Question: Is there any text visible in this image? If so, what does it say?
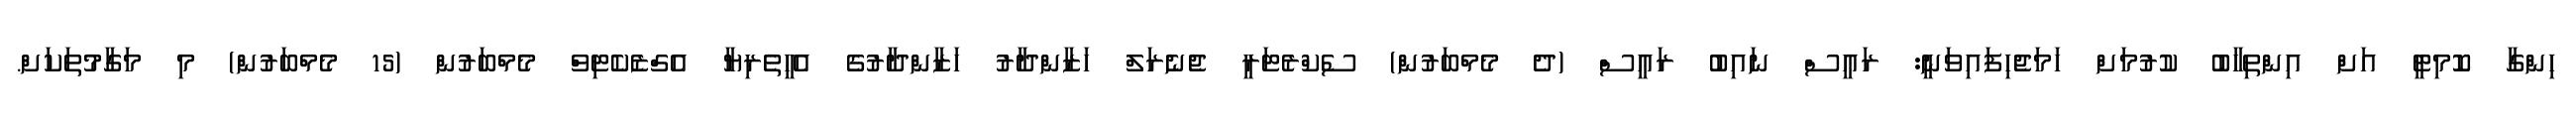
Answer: ހިންގާ ކޮމިޓީ އަށް އިންތިހާބު ކުރުމަށް ހަމަޖެހިފައިވަނީ: ރައީސް ނައިބު ރައީސް (ދެ މެމްބަރުން) ސެކްރެޓަރީ ޖެނެރަލް ހަޒާންދާރު ހަޒާންދާރުގެ އެހީތެރިޔާ އެގްޒެކެޓިވް މެމްބަރުން (15 މެމްބަރުން) މި މަގާމުތަކަށް.